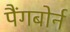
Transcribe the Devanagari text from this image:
पैंगबोर्न